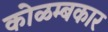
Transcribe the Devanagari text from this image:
कोळम्बकार